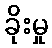
ခိုးမှု